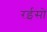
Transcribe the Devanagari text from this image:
रईसो